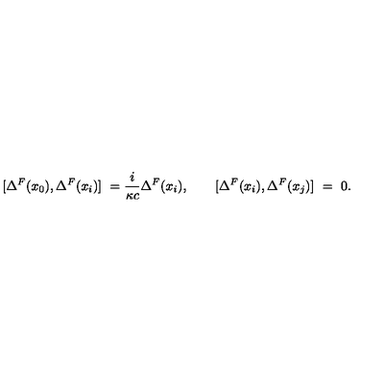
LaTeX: [ \Delta ^ { F } ( x _ { 0 } ) , \Delta ^ { F } ( x _ { i } ) ] \ = \- \frac { i } { \kappa c } \Delta ^ { F } ( x _ { i } ) , \qquad [ \Delta ^ { F } ( x _ { i } ) , \Delta ^ { F } ( x _ { j } ) ] \ = \ 0 .